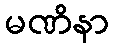
မဏိနာ